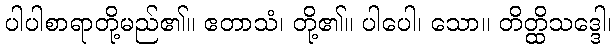
ပါပါစာရာတို့မည်၏။ ဧတာသံ၊ တို့၏။ ပါပေါ၊ သော။ တိတ္ထိသဒ္ဒေါ၊